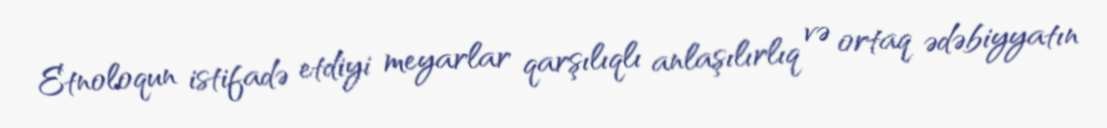
Etnoloqun istifadə etdiyi meyarlar qarşılıqlı anlaşılırlıq və ortaq ədəbiyyatın